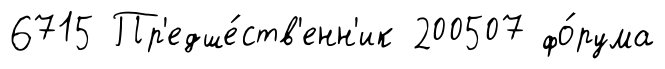
6715 Пр'едше́ств'енн'ик 200507 фо́рума